Leaving Certificate Examination (including Day School Certificate (Higher) General paper), 1928
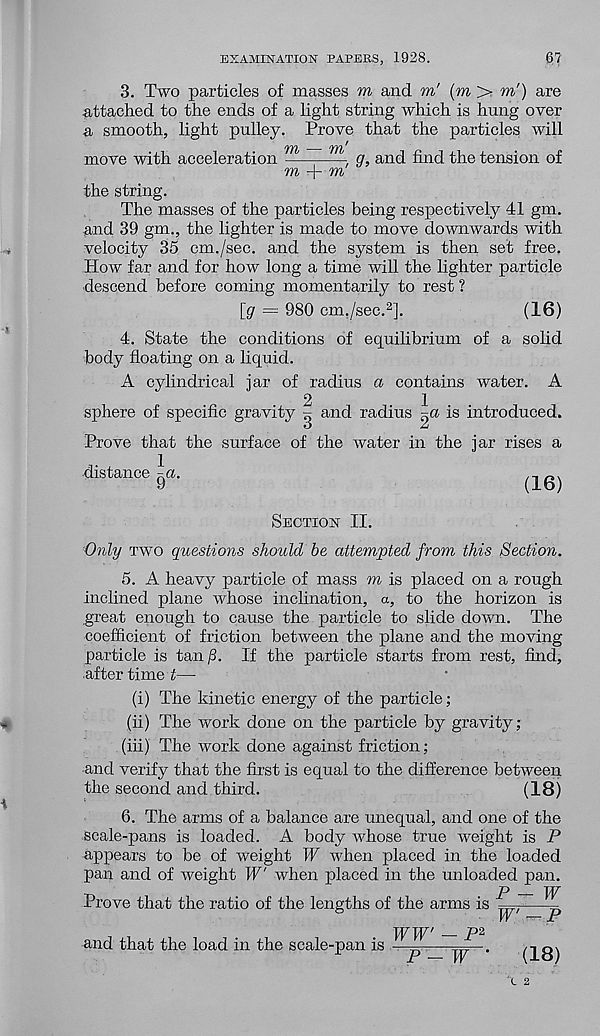
EXAMINATION PAPERS, 1928.
6?
*
3. Two particles of masses to and to' (to > to') are
attached to the ends of a light string which is hung over
a smooth, light pulley. Prove that the particles will
ryy^
ry^
move with acceleration
, g, and find the tension of
TO + TO
the string.
The masses of the particles being respectively 41 gm.
and 39 gm., the lighter is made to move downwards with
velocity 35 cm./sec. and the system is then set free.
How far and for how long a time will the lighter particle
descend before coming momentarily to rest ?
[g = 980 cm./sec. 2 ].
(16)
4. State the conditions of equilibrium of a solid
body floating on a liquid.
A cylindrical jar of radius a contains water. A
2
1
sphere of specific gravity ~ and radius
is introduced.
O
A
Prove that the surface of the water in the jar rises a
distance - r a.
y
(16)
Section II.
Only two questions should be attempted from this Section.
5. A heavy particle of mass to is placed on a rough
inclined plane whose inclination, a, to the horizon is
great enough to cause the particle to slide down. The
coefficient of friction between the plane and the moving
particle is tan /3. If the particle starts from rest, find,
after time t—
(i) The kinetic energy of the particle;
(ii) The work done on the particle by gravity;
(iii) The work done against friction;
and verify that the first is equal to the difference between
the second and third.
(18)
6. The arms of a balance are unequal, and one of the
scale-pans is loaded. A body whose true weight is P
appears to be of weight W when placed in the loaded
pan and of weight W' when placed in the unloaded pan.
Prove that the ratio of the lengths of the arms is
P — W
W' -P
and that the load in the scale-pan is
WW' - P 2
P-W'
(18)
V 2